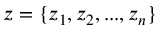
z = \{ z _ { 1 } , z _ { 2 } , . . . , z _ { n } \}